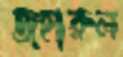
জহারুল